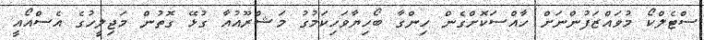
ސްޓެލްކޯ މުވައްޒަފުންނަށް ހާއްސަކޮށްގެން ހިންގާ ބޯހިޔާވަހިކަމުގު މަޝްރޫއުއާ ގުޅޭ ގޮތުން މަޖިލީހުގެ އެސްއޯއީ